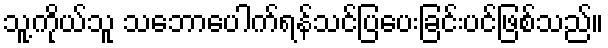
သူ့ကိုယ်သူ သဘောပေါက်ရန်သင်ပြပေးခြင်းပင်ဖြစ်သည်။